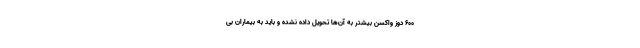
۶۰۰ دوز واکسن بیشتر به آن‌ها تحویل داده نشده و باید به بیماران بی